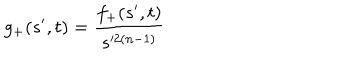
LaTeX: g _ { + } ( s ^ { \prime } , t ) = \frac { f _ { + } ( s ^ { \prime } , t ) } { s ^ { 2 ( n - 1 ) } }